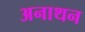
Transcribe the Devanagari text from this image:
अनाथन